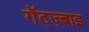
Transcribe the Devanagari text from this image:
गॅट्ज़्बाइ